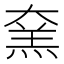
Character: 㚠